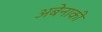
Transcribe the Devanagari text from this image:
अबेनाकी